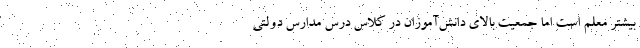
بیشتر معلم است اما جمعیت بالای دانش‌آموزان در کلاس درس مدارس دولتی